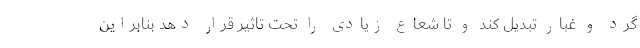
گرد و غبار تبدیل کند و تا شعاع زیادی را تحت تاثیر قرار دهد بنابراین